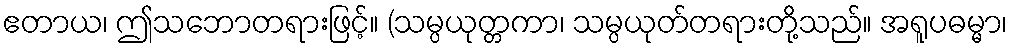
ဧတာယ၊ ဤသဘောတရားဖြင့်။ (သမ္ပယုတ္တကာ၊ သမ္ပယုတ်တရားတို့သည်။ အရူပဓမ္မာ၊